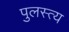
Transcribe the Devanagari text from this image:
पुलस्‍त्‍य